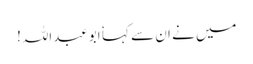
میں نے ان سے کہا ٗ ابوعبداللہ!